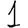
Digit: 1